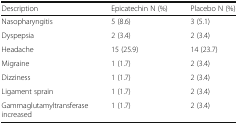
| Description | Epicatechin N (%) | Placebo N (%) |
 | --- | --- | --- |
 | Nasopharyngitis | 5 (8.6) | 3 (5.1) |
 | Dyspepsia | 2 (3.4) | 2 (3.4) |
 | Headache | 15 (25.9) | 14 (23.7) |
 | Migraine | 1 (1.7) | 2 (3.4) |
 | Dizziness | 1 (1.7) | 2 (3.4) |
 | Ligament sprain | 1 (1.7) | 2 (3.4) |
 | Gammaglutamyltransferase increased | 1 (1.7) | 2 (3.4) |